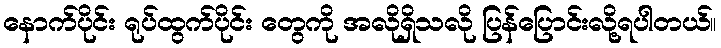
နောက်ပိုင်း ရုပ်ထွက်ပိုင်း တွေကို အလိုရှိသလို ပြန်ပြောင်းလို့ရပါတယ်။